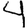
Digit: 4